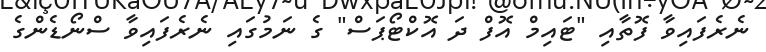
ނެރެފައިވާ ފޮތާއި "ޓައިމް އޮފް ދަ އޮކްޓޯޕަސް" ގެ ނަމުގައި ނެރެފައިވާ ސްނޯޑެންގެ